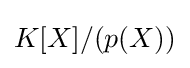
K[X]/(p(X))